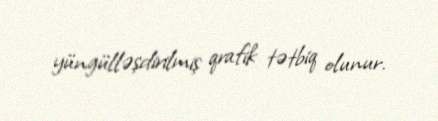
yüngülləşdirilmiş qrafik tətbiq olunur.